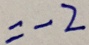
= - 2